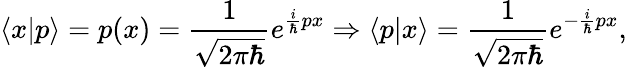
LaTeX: \langle x|p\rangle=p(x)={\frac{1}{\sqrt{2\pi\hbar}}}e^{{\frac{i}{\hbar}}px}\Rightarrow\langle p|x\rangle={\frac{1}{\sqrt{2\pi\hbar}}}e^{-{\frac{i}{\hbar}}px},